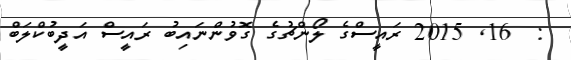
:  16